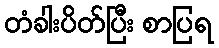
တံခါးပိတ်ပြီး စာပြရ